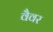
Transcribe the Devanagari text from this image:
वैवर